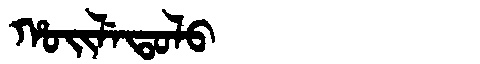
Manchu: ᡥᠣᡳᠯᡝᡨᠣᠯᠣ
Romanization: HOILETOLO